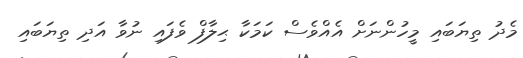
މެދު ތިޔަބައި މީހުންނަށް އެއްވެސް ކަމަކާ ޙިލާފް ވެފައި ނުވާ އަދި ތިޔަބައި